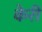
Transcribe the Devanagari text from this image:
केरीं